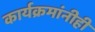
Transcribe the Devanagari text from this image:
कार्यक्रमांनीही